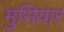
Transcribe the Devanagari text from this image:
मुसियार